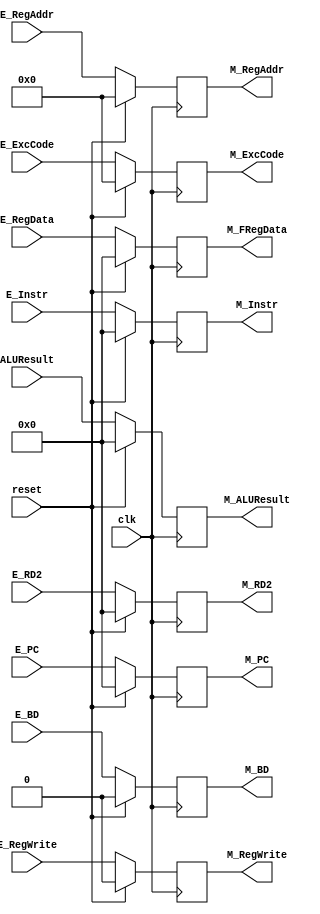
`timescale 1ns / 1ps
module M_register (
    input [31:0] E_Instr,
    input [31:0] E_PC,
    input [31:0] E_RegData,
    input [31:0] ALUResult,
    input [31:0] E_RD2,
    input [4:0] E_RegAddr,
    input E_RegWrite,
    input [4:0] E_ExcCode,
    input E_BD,
    input clk,
    input reset,
    output [31:0] M_Instr,
    output [31:0] M_PC,
    output [31:0] M_FRegData,
    output [31:0] M_ALUResult,
    output [31:0] M_RD2,
    output [4:0] M_RegAddr,
    output M_RegWrite,
    output [4:0] M_ExcCode,
    output M_BD);

    reg [31:0] instr, pc, regdata, aluresult, rd2;
    reg [4:0] regaddr, exccode;
    reg regwrite, bd;
    
    initial begin
      instr = 0;
      pc = 0;
      regdata = 0;
      aluresult = 0;
      rd2 = 0;
      regaddr = 0;
      regwrite = 0;
      exccode = 0;
      bd = 0;    
    end

    always @(posedge clk) begin
        if(reset == 1)begin
            instr <= 0;
            pc <= 0;
            regdata <= 0;
            aluresult <= 0;
            rd2 <= 0;
            regaddr <= 0;
            regwrite <= 0;
            exccode <= 0;
            bd <= 0;
        end    
        else begin
            instr <= E_Instr;
            pc <= E_PC;
            regdata <= E_RegData;
            aluresult <= ALUResult;
            rd2 <= E_RD2;
            regaddr <= E_RegAddr;
            regwrite <= E_RegWrite;
            exccode <= E_ExcCode;
            bd <= E_BD;
        end    
    end

    assign M_Instr = instr;
    assign M_PC = pc;
    assign M_FRegData = regdata;
    assign M_ALUResult = aluresult;
    assign M_RD2 = rd2;
    assign M_RegAddr = regaddr;
    assign M_RegWrite = regwrite;
    assign M_ExcCode = exccode;
    assign M_BD = bd;
endmodule